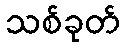
သစ်ခုတ်